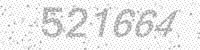
Solution: 521664